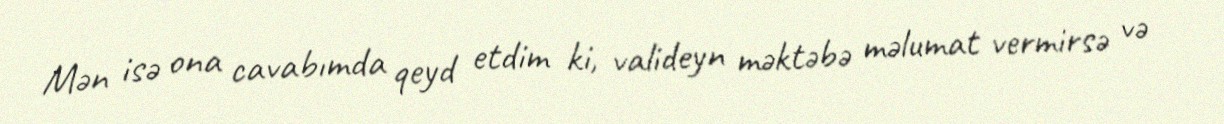
Mən isə ona cavabımda qeyd etdim ki, valideyn məktəbə məlumat vermirsə və